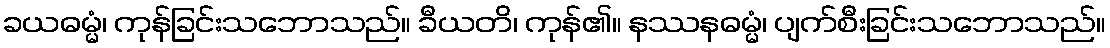
ခယဓမ္မံ၊ ကုန်ခြင်းသဘောသည်။ ခီယတိ၊ ကုန်၏။ နဿနဓမ္မံ၊ ပျက်စီးခြင်းသဘောသည်။